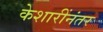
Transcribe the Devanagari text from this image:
केशारींनंतर